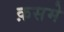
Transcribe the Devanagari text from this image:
क़समे